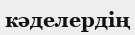
кәделердің